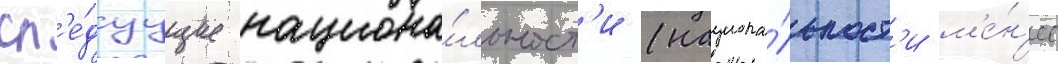
сл'е́дуущие национа́льност'и (национа́льност'и м'е́н'ее